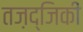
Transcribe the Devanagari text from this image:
तज़द्जिकी